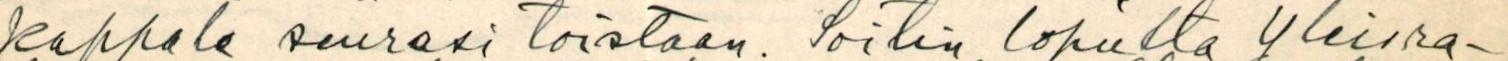
kappale seurasi toistaan. Soitin lopulta yleisra-